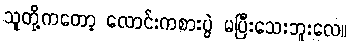
သူတို့ကတော့ လောင်းကစားပွဲ မပြီးသေးဘူးလေ။